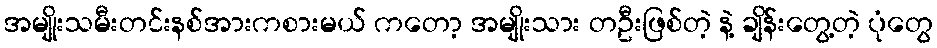
အမျိုးသမီးတင်းနစ်အားကစားမယ် ကတော့ အမျိုးသား တဦးဖြစ်တဲ့ နဲ့ ချိန်းတွေ့တဲ့ ပုံတွေ